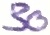
Text: 30